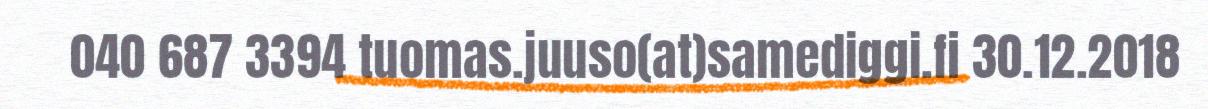
040 687 3394 tuomas.juuso(at)samediggi.fi 30.12.2018